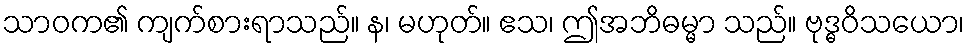
သာဝက၏ ကျက်စားရာသည်။ န၊ မဟုတ်။ ဧသ၊ ဤအဘိဓမ္မာ သည်။ ဗုဒ္ဓဝိသယော၊